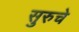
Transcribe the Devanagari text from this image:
सुरुचे